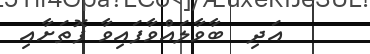
އަދި  ބާވާލައްވާފައިވާ ފޮތަށާއި